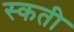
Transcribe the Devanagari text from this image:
स्कती